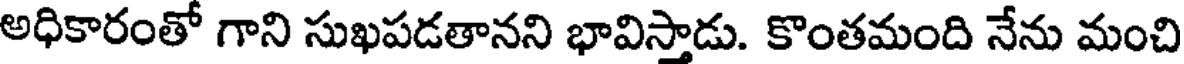
అధికారంతో గాని సుఖపడతానని భావిస్తాడు. కొంతమంది నేను మంచి